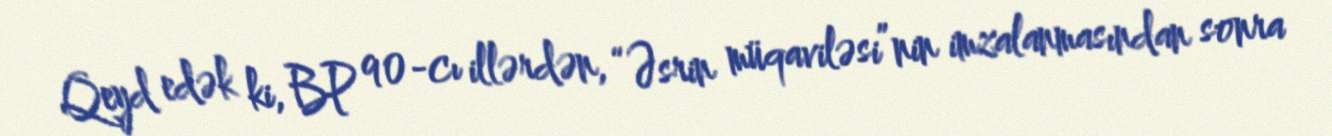
Qeyd edək ki, BP 90-cı illərdən, “Əsrin müqaviləsi”nin imzalanmasından sonra